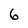
Character: 6